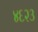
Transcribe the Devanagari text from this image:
४६२३